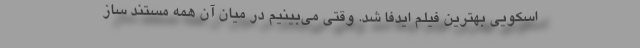
اسکویی بهترین فیلم ایدفا شد. وقتی می‌بینیم در میان آن همه مستند ساز